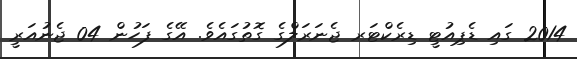
2014 ގައި ޑެޕިއުޓީ ޑިރެކްޓަރ ޖެނަރަލްގެ ގޮތުގައެވެ. އޭގެ ފަހުން 04 ޖެނުއަރީ